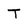
Character: T